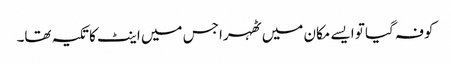
کوفہ گیا تو ایسے مکان میں ٹھہرا جس میں اینٹ کا تکیہ تھا۔